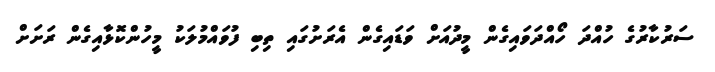
ސަރުކާރުގެ ހުއްދަ ހޯއްދަވައިގެން މީދުއަށް ވަޑައިގެން އެރަށުގައި ތިބި ފުވައްމުލަކު މީހުންކޮޅާއިގެން ރަށަށް